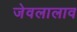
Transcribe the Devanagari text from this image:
जेवलालाव